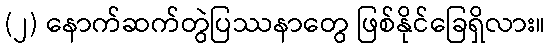
(၂) နောက်ဆက်တွဲပြဿနာတွေ ဖြစ်နိုင်ခြေရှိလား။